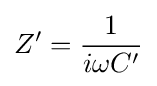
Z'={\frac {1}{i\omega C'}}